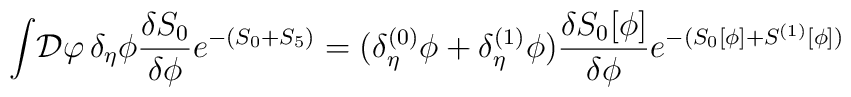
\int\! {\cal D}\varphi\,\delta_\eta \phi {\delta S_0\over \delta \phi}e^{-(S_0+S_5)}= (\delta^{(0)}_\eta \phi+ \delta^{(1)}_\eta \phi){\delta S_0[\phi]\over \delta \phi} e^{-(S_0[\phi]+S^{(1)}[\phi])}